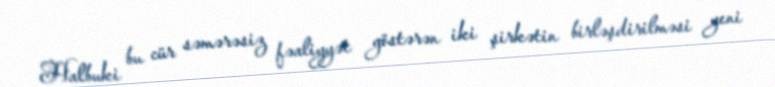
Halbuki bu cür səmərəsiz fəaliyyət göstərən iki şirkətin birləşdirilməsi yeni